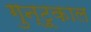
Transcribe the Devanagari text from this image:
गुन्टूकाल